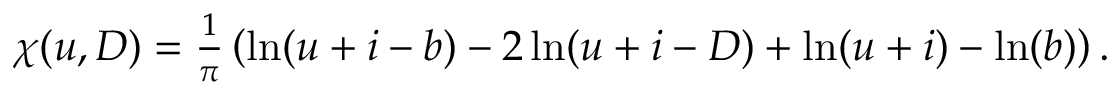
\begin{array} { r } { \chi ( u , D ) = \frac { 1 } { \pi } \left( \ln ( u + i - b ) - 2 \ln ( u + i - D ) + \ln ( u + i ) - \ln ( b ) \right) . } \end{array}